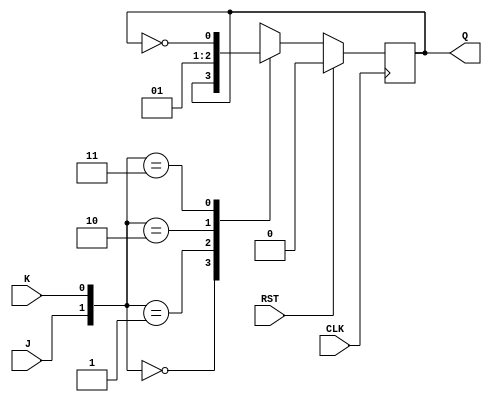
module JK_BIN(
	input  J, K, CLK, RST,
	output reg Q
);

  always @(negedge CLK) 
  begin
	if(RST)
		Q <= 1'b0;
	else begin
    case({J,K})
      2'b00 : Q <= Q;
      2'b01 : Q <= 1'b0;
      2'b10 : Q <= 1'b1;
      2'b11 : Q <= ~Q;
    endcase
  end
  end

endmodule